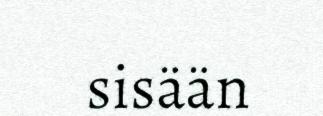
sisään